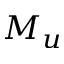
M _ { u }